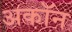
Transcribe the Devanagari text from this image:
अकॉन